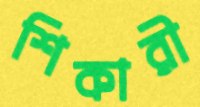
শিকারী